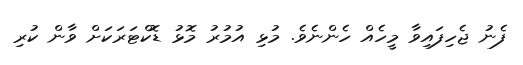
ފެނު ޖެހިފައިވާ މީހެއް ހެންނެވެ. މުޅި އުމުރު މޮޅު ޑޮކްޓަރަކަށް ވާން ކުރި